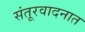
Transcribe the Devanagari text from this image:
संतूरवादनात